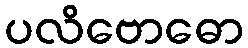
ပလိဗောဓော